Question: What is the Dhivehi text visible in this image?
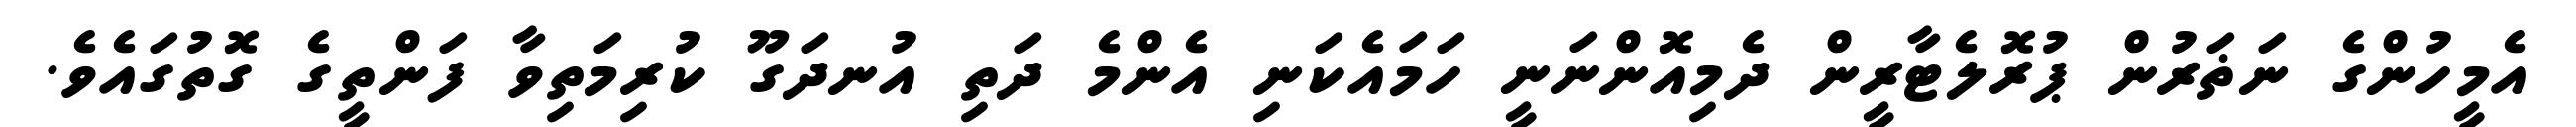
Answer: އެމީހުންގެ ނަޡަރުން ޕުރޮލެޓާރީން ދެމިއޮންނަނީ ހަމައެކަނި އެންމެ ދަތި އުނދަގޫ ކުރިމަތިވާ ފަންތީގެ ގޮތުގައެވެ.